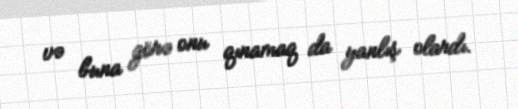
və buna görə onu qınamaq da yanlış olardı.